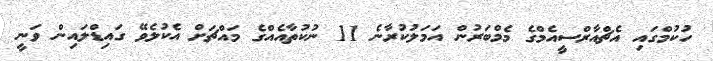
ހުކުމްގައި އެޗްއާރްސީއެމްގެ މެމްބަރުން އަމަލުކުރާނެ 11 ނުކުތާއެއްގެ މައްޗަށް އެކުލެވޭ ގައިޑްލައިން ވަނީ